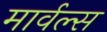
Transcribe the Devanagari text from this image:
मार्वल्स